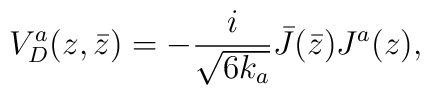
V_D^a(z,\bar z)=-{i\over  \sqrt {6k_a }} \bar J(\bar z) J^a (z),